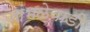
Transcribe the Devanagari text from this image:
जांभळेवाडी